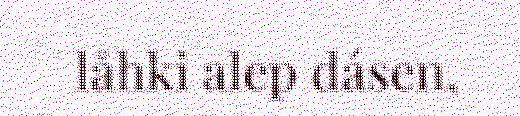
låhki alep dásen,